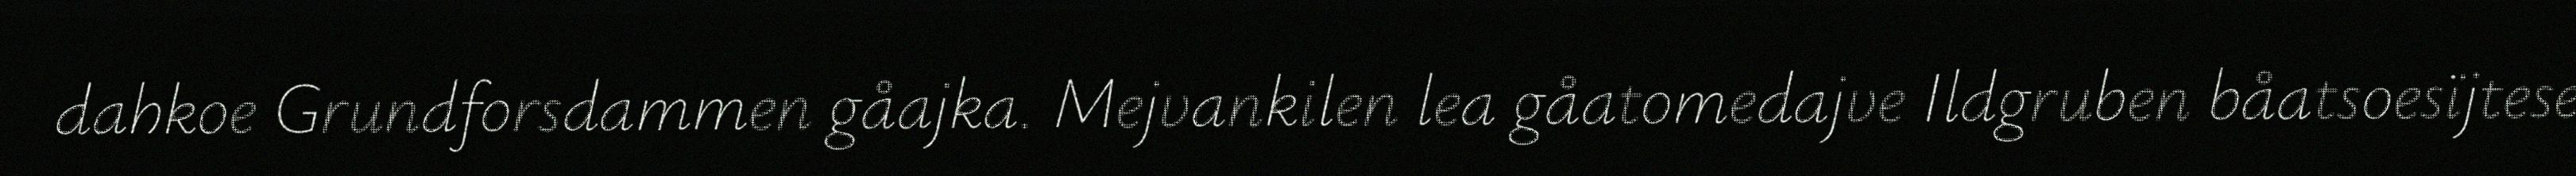
dahkoe Grundforsdammen gåajka. Mejvankilen lea gåatomedajve Ildgruben båatsoesïjtese